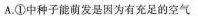
A.①中种子能萌发是因为有充足的空气